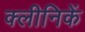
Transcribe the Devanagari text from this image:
क्लीनिकें